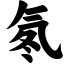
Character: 氡